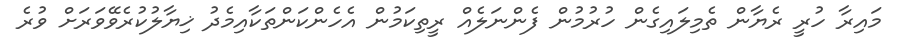
މައިރާ ހުރީ ރެޔާން ތެމިލައިގެން ހުރުމުން ފެންނަލެއް ރީތިކަމުން އެހެންކަންތަކާއިމެދު ޚިޔާލުކުރެވޭވަރަށް ވުރެ